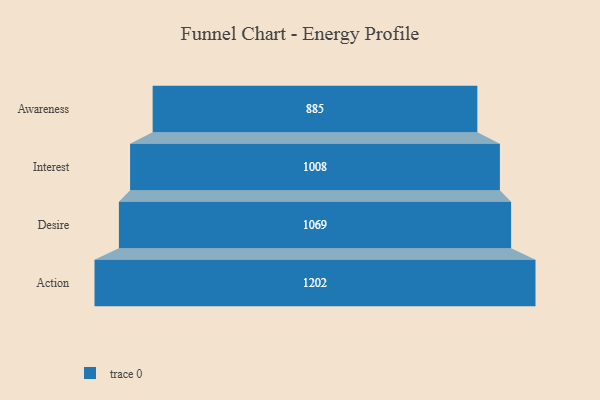
{"axis": {"x": "Stage", "y": "Value"}, "legend": [""], "data": [{"x": "Awareness", "y": 885.0, "type": ""}, {"x": "Interest", "y": 1008.0, "type": ""}, {"x": "Desire", "y": 1069.0, "type": ""}, {"x": "Action", "y": 1202.0, "type": ""}]}